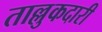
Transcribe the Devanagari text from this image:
ताल्लुकदारी